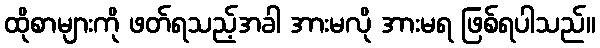
ထိုစာများကို ဖတ်ရသည့်အခါ အားမလို အားမရ ဖြစ်ရပါသည်။